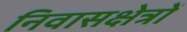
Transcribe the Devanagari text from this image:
निवासक्षेत्रों